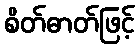
စိတ်ဓာတ်ဖြင့်